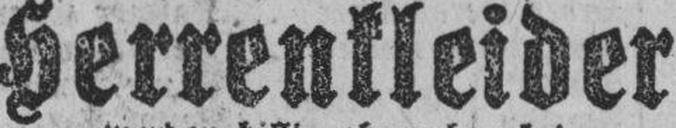
Herrenkleider